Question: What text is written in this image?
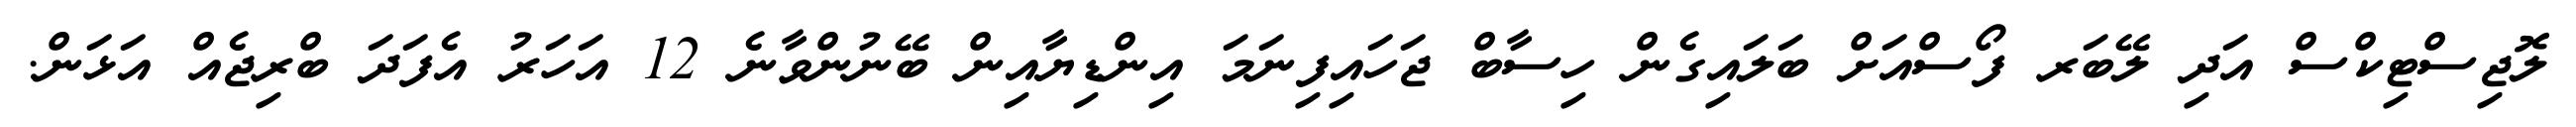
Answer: ލޮޖިސްޓިކްސް އަދި ލޭބަރ ފޯސްއަށް ބަލައިގެން ހިސާބް ޖަހައިފިނަމަ އިންޑިޔާއިން ބޭނުންވާނެ 12 އަހަރު އެފަދަ ބްރިޖެއް އަޅަން.